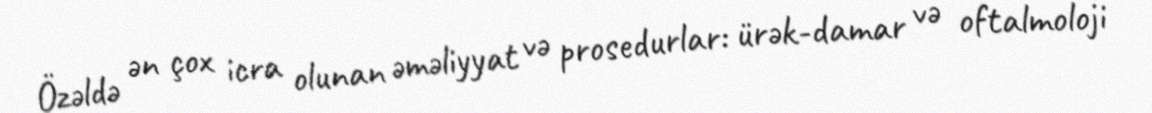
Özəldə ən çox icra olunan əməliyyat və prosedurlar: ürək-damar və oftalmoloji